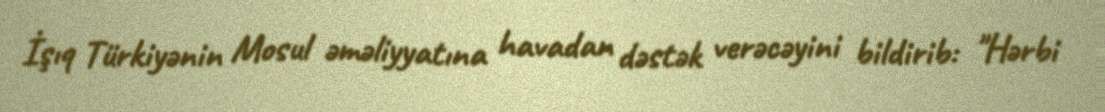
İşıq Türkiyənin Mosul əməliyyatına havadan dəstək verəcəyini bildirib: "Hərbi